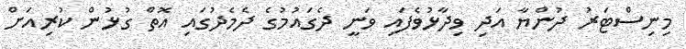
މިނިސްޓަރު ދުންޔާ އަދި ވިދާޅުވެފައި ވަނީ ދެގައުމުގެ ދެމެދުގައި އޮތް ގުޅުން ކުރިއަށް